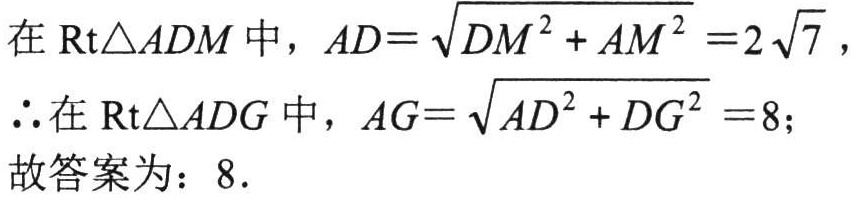
在$\text{Rt}\triangle ADM$中，$AD = \sqrt{DM^{2} + AM^{2}} = 2\sqrt{7}$，
$\therefore$在$\text{Rt}\triangle ADG$中，$AG = \sqrt{AD^{2} + DG^{2}} = 8$；
故答案为：$8$.